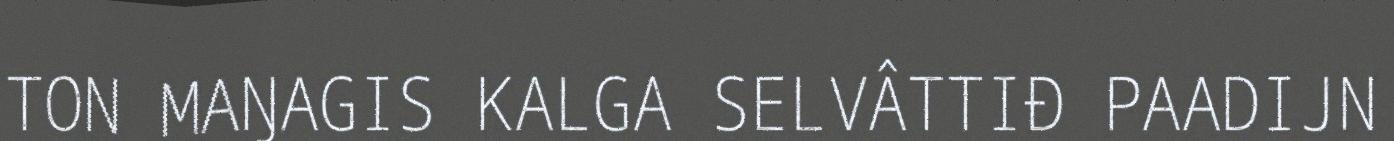
TON MAŊAGIS KALGA SELVÂTTIĐ PAADIJN